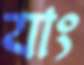
যাং